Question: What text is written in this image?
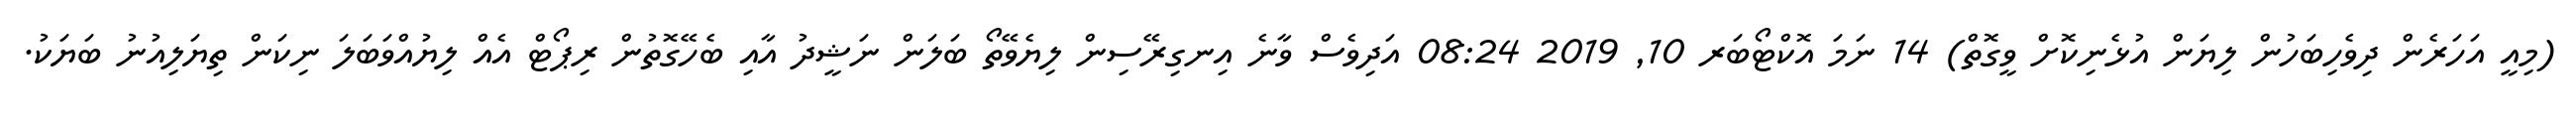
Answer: (މިއީ އަހަރެން ދިވެހިބަހުން ލިޔަން އުޅެނިކޮށް ވީގޮތް) 14 ނަމަ އޮކްޓޯބަރ 10, 2019 08:24 އަދިވެސް ވާނެ އިނގިރޭސިން ލިޔެވޭތޯ ބަލަން ނަޝީދު އާއި ބެހޭގޮތުން ރިޕޯޓް އެއް ލިޔުއްވަބަލަ ނިކަން ތިޔަލިއުނު ބަޔަކު.